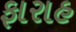
ફારાહ